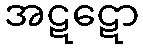
အဋဋော